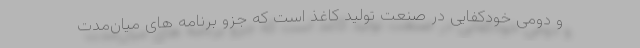
و دومی خودکفایی در صنعت تولید کاغذ است که جزو برنامه های میان‌مدت